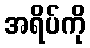
အရိပ်ကို